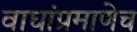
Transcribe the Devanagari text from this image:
वाघांप्रमाणेच